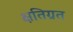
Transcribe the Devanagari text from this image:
क्षतिग्रत